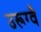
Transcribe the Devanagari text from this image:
उरूग्वै